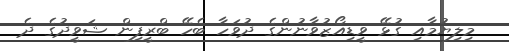
މިލިޔުމާއި ގުޅޭ ވީޑިއޯޒުވާނުންގެ ދުވަހާ ބެހޭ ބްރީފިން ޝަވީދުގެ ދެ